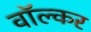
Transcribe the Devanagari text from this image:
वॉल्कर